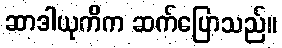
ဆာဒါယုကိက ဆက်ပြောသည်။